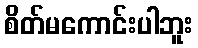
စိတ်မကောင်းပါဘူး